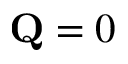
\mathbf Q = 0